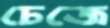
চেজে